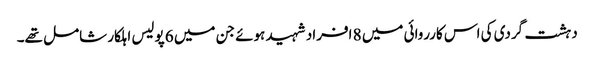
دہشت گردی کی اس کارروائی میں 8 افراد شہید ہوئے جن میں 6 پولیس اہلکار شامل تھے۔